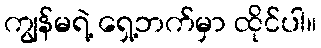
ကျွန်မရဲ့ ရှေ့ဘက်မှာ ထိုင်ပါ။